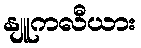
နျူကလီယား